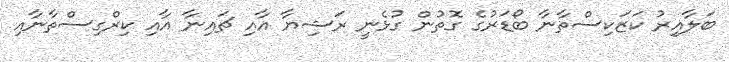
ބަލާއިރު ކަޒަކިސްތާނާ ބޯޑަރުގެ ގޮތުން ގުޅެނީ ރަޝިޔާ އާއި ޗައިނާ އާއި ކިރްގިސްތާނާއި